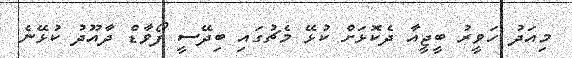
މިއަދު ހަވީރު ބީޖީއާ ދެކޮޅަށް ކުޅޭ މެޗުގައި ބިދޭސީ ފޯވާާޑް ދާއޫދު ކުޅޭނެ